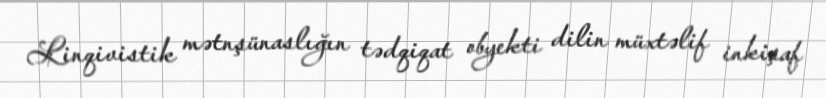
Linqivistik mətnşünaslığın tədqiqat obyekti dilin müxtəlif inkişaf